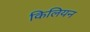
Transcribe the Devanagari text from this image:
किलियन